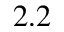
2 . 2